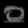
Digit: ၀